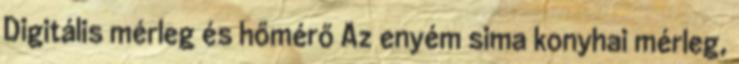
Digitális mérleg és hőmérő Az enyém sima konyhai mérleg,